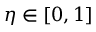
\eta \in [ 0 , 1 ]